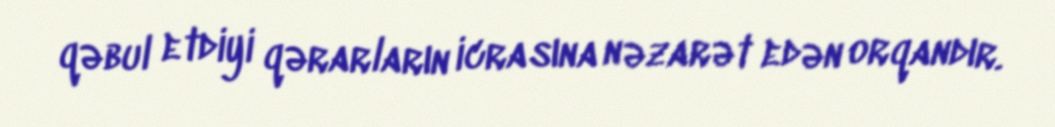
qəbul etdiyi qərarların icrasına nəzarət edən orqandır.